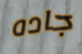
جاده